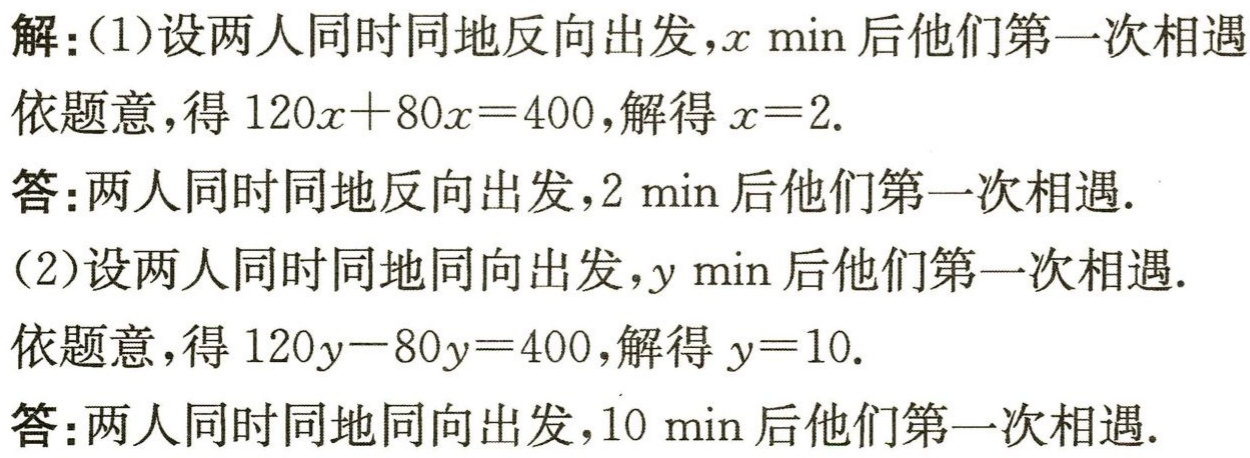
解：(1)设两人同时同地反向出发，\(x\ \text{min}\)后他们第一次相遇
依题意，得\(120x + 80x = 400\)，解得\(x = 2\).
答：两人同时同地反向出发，\(2\ \text{min}\)后他们第一次相遇.
(2)设两人同时同地同向出发，\(y\ \text{min}\)后他们第一次相遇.
依题意，得\(120y - 80y = 400\)，解得\(y = 10\).
答：两人同时同地同向出发，\(10\ \text{min}\)后他们第一次相遇.